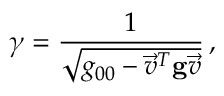
\gamma = \frac { 1 } { \sqrt { g _ { 0 0 } - \vec { v } ^ { T } { \bf g } \vec { v } } } \, ,